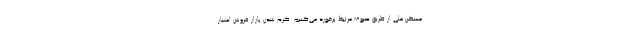
مسکن ملی از طریق صنوف مرتبط برخورد می‌کنیم. گرم شدن بازار فروش امتیاز